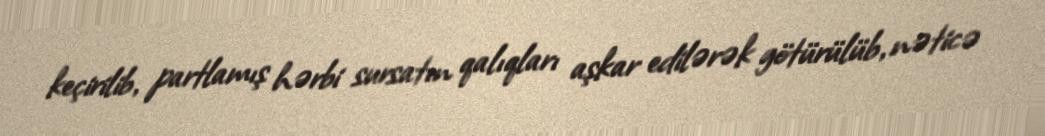
keçirilib, partlamış hərbi sursatın qalıqları aşkar edilərək götürülüb, nəticə